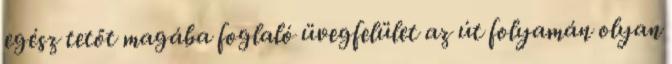
egész tetőt magába foglaló üvegfelület az út folyamán olyan